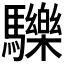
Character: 𩧂